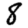
Digit: 8